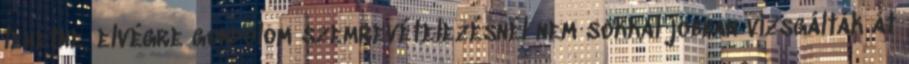
lehetne, elvégre gondolom szemrevételezésnél nem sokkal jobban vizsgálták át